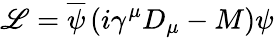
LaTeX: {\cal\mathscr{L}}=\overline{{{{\psi}}}}\left(i\gamma^{\mu}D_{\mu}-M\right)\psi